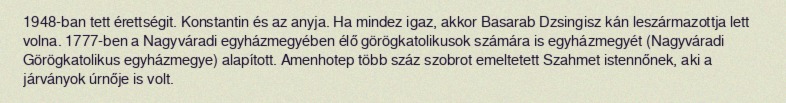
1948-ban tett érettségit. Konstantin és az anyja. Ha mindez igaz, akkor Basarab Dzsingisz kán leszármazottja lett volna. 1777-ben a Nagyváradi egyházmegyében élő görögkatolikusok számára is egyházmegyét (Nagyváradi Görögkatolikus egyházmegye) alapított. Amenhotep több száz szobrot emeltetett Szahmet istennőnek, aki a járványok úrnője is volt.